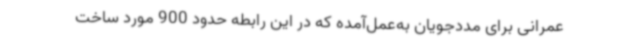
عمرانی برای مددجویان به‌عمل‌آمده که در این رابطه حدود 900 مورد ساخت